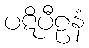
ပဋိပီဠနံ